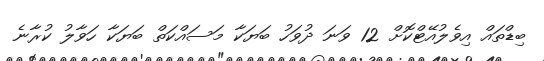
ބިޑްތައް އިވެލުއޭޓްކޮށް 12 ވަނަ ދުވަހު ބަޔަކާ މަސައްކަތް ބަޔަކާ ހަވާލު ކުރާނެ